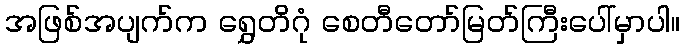
အဖြစ်အပျက်က ရွှေတိဂုံ စေတီတော်မြတ်ကြီးပေါ်မှာပါ။